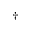
\scriptstyle \dagger